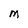
Character: M